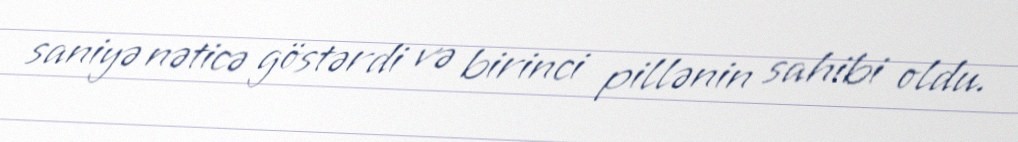
saniyə nəticə göstərdi və birinci pillənin sahibi oldu.